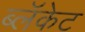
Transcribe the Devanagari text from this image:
ब्लॅकेट